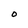
Character: O